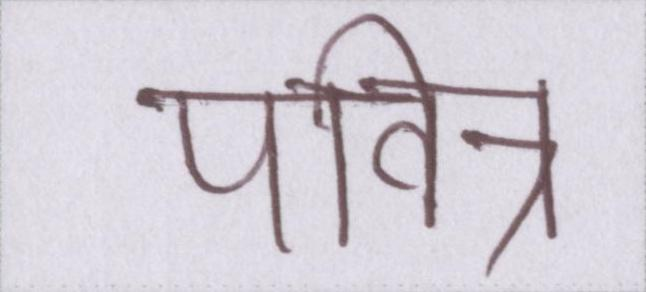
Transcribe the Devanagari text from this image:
पवित्र